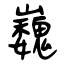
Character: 巍